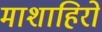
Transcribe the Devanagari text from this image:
माशाहिरो